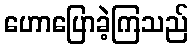
ဟောပြောခဲ့ကြသည်